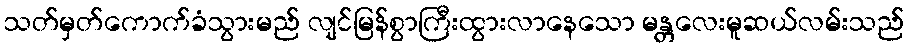
သတ်မှတ်ကောက်ခံသွားမည် လျင်မြန်စွာကြီးထွားလာနေသော မန္တလေးမူဆယ်လမ်းသည်